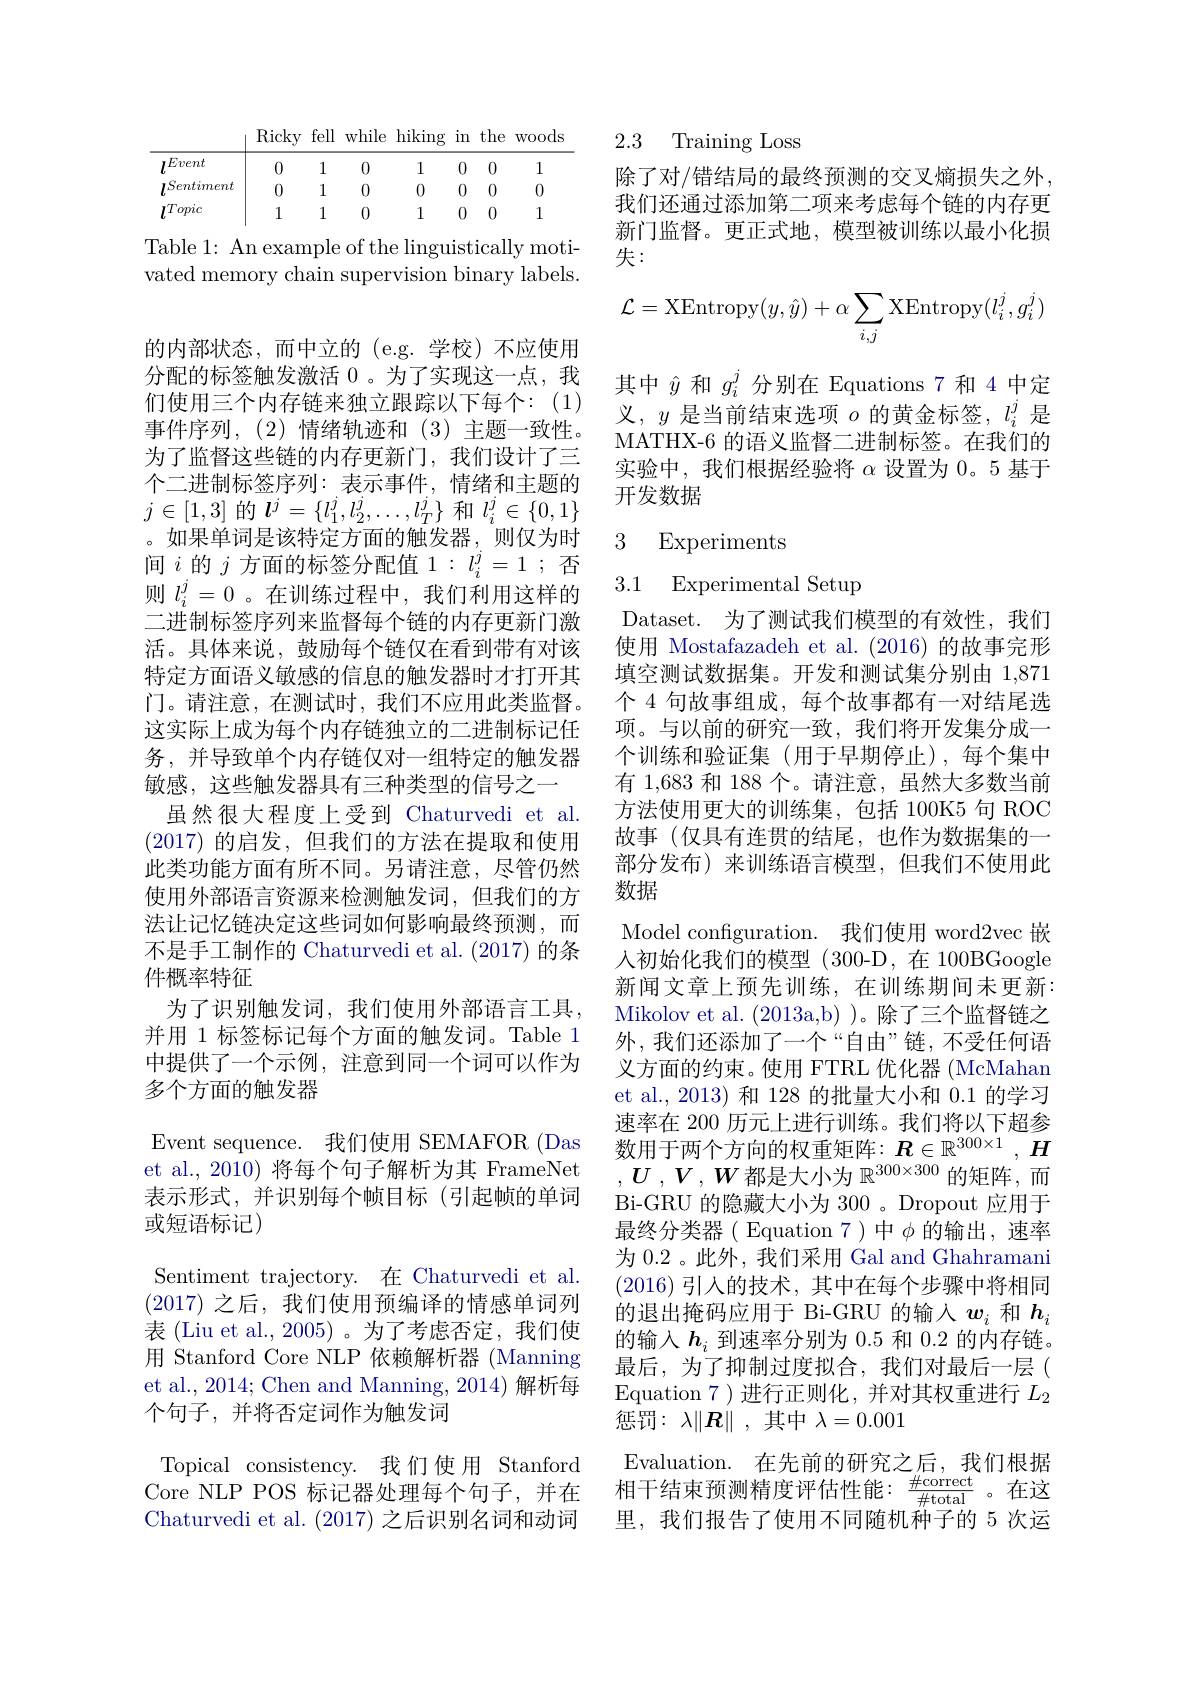
<table>
	<tbody>
		<tr>
			<th> </th>
			<th>RlCky</th>
			<th>$\operatorname{tell}$</th>
			<th>Whlle</th>
			<th>$\operatorname{hlklng}$</th>
			<th>$\lim$</th>
			<th>the</th>
			<th>WOOds</th>
		</tr>
		<tr>
			<td>lEvent</td>
			<td>0</td>
			<td>1</td>
			<td>0</td>
			<td>1</td>
			<td>0</td>
			<td>0</td>
			<td>1</td>
		</tr>
		<tr>
			<td>$l^{Sentiment}$</td>
			<td>0</td>
			<td>1</td>
			<td>0</td>
			<td>0</td>
			<td>0</td>
			<td>0</td>
			<td>0</td>
		</tr>
		<tr>
			<td>lTopic</td>
			<td>1</td>
			<td>1</td>
			<td>0</td>
			<td>1</td>
			<td>0</td>
			<td>0</td>
			<td>1</td>
		</tr>
	</tbody>
</table>

Table 1: An example of the linguistically motivated memory chain supervision binary labels.

的内部状态，而中立的(e.g.学校)不应使用分配的标签触发激活 0 。为了实现这一点，我们使用三个内存链来独立跟踪以下每个：(1) 事件序列，(2)情绪轨迹和(3)主题一致性。为了监督这些链的内存更新门，我们设计了三个二进制标签序列：表示事件，情绪和主题的$j\in[1,3]$的$l^j=\{l_1^j,l_2^j,\ldots,l_T^j\}$和$l_i^j\in\{0,1\}$ 。如果单词是该特定方面的触发器，则仅为时间$i$的$j$方面的标签分配值 1$:l_i^j=1$;否则$l_i^j=0$ 。在训练过程中，我们利用这样的二进制标签序列来监督每个链的内存更新门激活。具体来说，鼓励每个链仅在看到带有对该特定方面语义敏感的信息的触发器时才打开其门。请注意，在测试时，我们不应用此类监督。这实际上成为每个内存链独立的二进制标记任务，并导致单个内存链仅对一组特定的触发器敏感，这些触发器具有三种类型的信号之一
虽然很大程度上受到 Chaturvedi et al. (2017)的启发，但我们的方法在提取和使用此类功能方面有所不同。另请注意，尽管仍然使用外部语言资源来检测触发词，但我们的方法让记忆链决定这些词如何影响最终预测，而不是手工制作的 Chaturvedi et al. (2017) 的条件概率特征
为了识别触发词，我们使用外部语言工具， 并用 1 标签标记每个方面的触发词。Table 1中提供了一个示例，注意到同一个词可以作为多个方面的触发器
Event sequence. 我们使用 SEMAFOR (Das et al., 2010) 将每个句子解析为其 FrameNet 表示形式，并识别每个帧目标(引起帧的单词或短语标记)
Sentiment trajectory. 在 Chaturvedi et al. (2017)之后，我们使用预编译的情感单词列表 (Liu et al., 2005)。为了考虑否定，我们使用 Stanford Core NLP 依赖解析器 (Manning et al., 2014; Chen and Manning, 2014) 解析每个句子，并将否定词作为触发词
Topical consistency. 我们使用 Stanford Core NLP POS 标记器处理每个句子，并在Chaturvedi et al. (2017)之后识别名词和动词

2.3 Training Loss

除了对/错结局的最终预测的交叉熵损失之外， 我们还通过添加第二项来考虑每个链的内存更新门监督。更正式地，模型被训练以最小化损失：
$$\mathcal{L}=\text{XEntropy}(y,\hat{y})+\alpha\sum_{i,j}\text{XEntropy}(l_i^j,g_i^j)$$
其中$\hat{y}$和$g_i^j$分别在 Equations 7 和 4 中定义，$y$是当前结束选项$o$的黄金标签，$l_i^j$是MATHX-6 的语义监督二进制标签。在我们的实验中，我们根据经验将$\alpha$设置为 0。5 基于开发数据

# 3 Experiments

3.1 Experimental Setup

Dataset. 为了测试我们模型的有效性，我们使用 Mostafazadeh et al.(2016)的故事完形填空测试数据集。开发和测试集分别由 1,871个 4 句故事组成，每个故事都有一对结尾选项。与以前的研究一致，我们将开发集分成一个训练和验证集(用于早期停止),每个集中有 1,683 和 188 个。请注意，虽然大多数当前方法使用更大的训练集，包括 100K5 句 ROC 故事(仅具有连贯的结尾，也作为数据集的一部分发布)来训练语言模型，但我们不使用此数据
Model configuration. 我们使用 word2vec 嵌人初始化我们的模型(300-D,在100BGoogle 新闻文章上预先训练，在训练期间未更新： Mikolov et al. (2013a,b) )。除了三个监督链之外，我们还添加了一个“自由”链，不受任何语义方面的约束。使用 FTRL 优化器 (McMahan et al., 2013) 和 128 的批量大小和 0.1 的学习速率在 200 历元上进行训练。我们将以下超参数用于两个方向的权重矩阵：$\boldsymbol{R}\in\mathbb{R}^{300\times1},\boldsymbol{H}$ $, U$ $, V$ $, W$都是大小为$\mathbb{R}^300\times300$的矩阵，而Bi-GRU 的隐藏大小为 300 。Dropout 应用于最终分类器( Equation 7)中$\phi$ 的输出，速率为 0.2 。此外 , 我们采用 Gal and Ghahramani (2016)引入的技术，其中在每个步骤中将相同的退出掩码应用于 Bi-GRU 的输入$w_i$和$h_i$ 的输入$\boldsymbol{h}_i$到速率分别为0.5和0.2的内存链。最后，为了抑制过度拟合，我们对最后一层( Equation 7 ) 进行正则化，并对其权重进行$L_2$ 惩罚：$\lambda\|\boldsymbol{R}\|$,其中$\lambda=0.001$
Evaluation. 在先前的研究之后，我们根据相干结束预测精度评估性能：$\frac\#\mathrm{correct}{\#\mathrm{total}}$。在这里，我们报告了使用不同随机种子的 5 次运